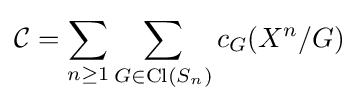
{\mathcal {C}}=\sum _{n\geq 1}\sum _{G\in \operatorname {Cl} (S_{n})}c_{G}(X^{n}/G)